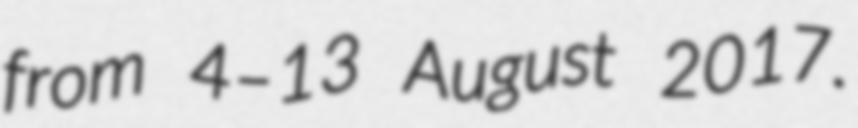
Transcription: from 4–13 August 2017.